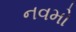
નવમો